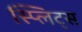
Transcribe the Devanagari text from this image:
स्प्लिट्स